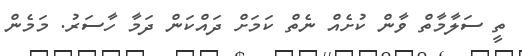
ތީ ސަލާމާތް ވާން ކުށެއް ނެތް ކަމަށް ދައްކަން ދަމާ ހާސަރު. މަމެން